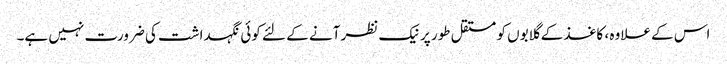
اس کے علاوہ ، کاغذ کے گلابوں کو مستقل طور پر نیک نظر آنے کے لئے کوئی نگہداشت کی ضرورت نہیں ہے۔